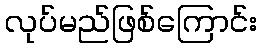
လုပ်မည်ဖြစ်ကြောင်း